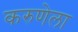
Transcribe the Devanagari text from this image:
करुणेला